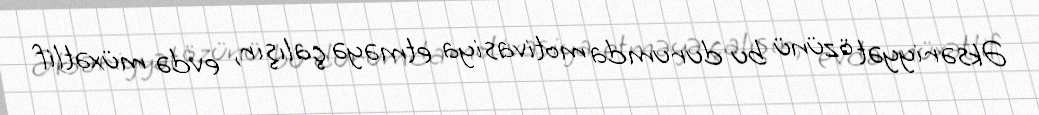
Əksəriyyət özünü bu durumda motivasiya etməyə çalışır, evdə müxətlif